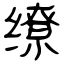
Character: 缭